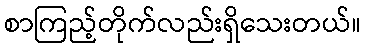
စာကြည့်တိုက်လည်းရှိသေးတယ်။